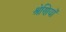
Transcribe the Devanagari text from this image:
श्रेणियॉं